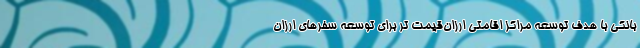
بانکی با هدف توسعه مراکز اقامتی ارزان‌قیمت تر برای توسعه سفرهای ارزان